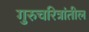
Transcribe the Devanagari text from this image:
गुरुचरित्रांतील